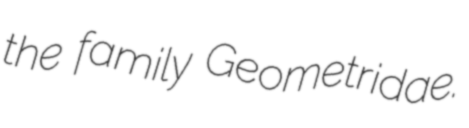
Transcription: the family Geometridae.